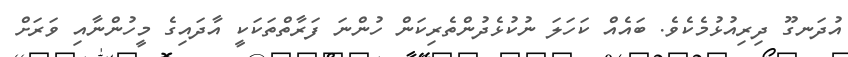
އުދަނގޫ ދިރިއުޅުމެކެވެ. ބައެއް ކަހަލަ ނުކުޅެދުންތެރިކަން ހުންނަ ފަރާތްތަކަކީ އާދައިގެ މީހުންނާއި ވަރަށް